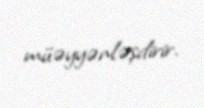
müəyyənləşdirir.